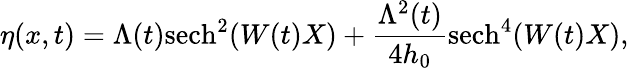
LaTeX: \eta(x,t)=\Lambda(t)\mathrm{sech}^{2}(W(t)X)+\frac{\Lambda^{2}(t)}{4h_{0}}\mathrm{sech}^{4}(W(t)X),